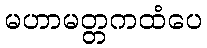
မဟာမတ္တကထံပေ